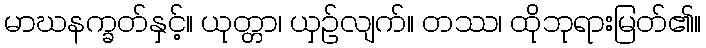
မာဃနက္ခတ်နှင့်။ ယုတ္တာ၊ ယှဉ်လျက်။ တဿ၊ ထိုဘုရားမြတ်၏။